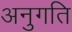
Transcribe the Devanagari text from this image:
अनुगति